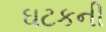
ઘટકની